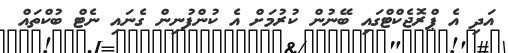
އަދި އެ ޕްރޮޖެކްޓްގައި ބޭނުން ކުރުމަށް އެ ކުންފުނިން ގެނައި ނެޓް ބުކްތައް